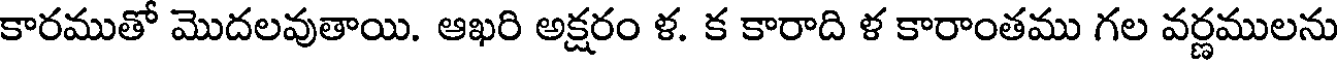
కారముతో మొదలవుతాయి. ఆఖరి అక్షరం ళ. క కారాది ళ కారాంతము గల వర్ణములను